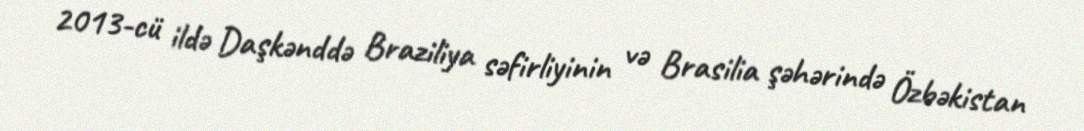
2013-cü ildə Daşkənddə Braziliya səfirliyinin və Brasilia şəhərində Özbəkistan